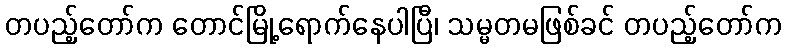
တပည့်တော်က တောင်မြို့ရောက်နေပါပြီ၊ သမ္မတမဖြစ်ခင် တပည့်တော်က